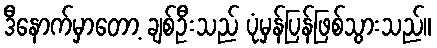
ဒီနောက်မှာတော့ ချစ်ဦးသည် ပုံမှန်ပြန်ဖြစ်သွားသည်။